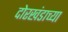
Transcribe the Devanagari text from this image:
दोरखंडाच्या